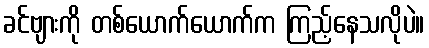
ခင်ဗျားကို တစ်ယောက်ယောက်က ကြည့်နေသလိုပဲ။